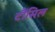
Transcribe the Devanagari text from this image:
टौंसिल